Annual report on the Civil Veterinary Department, Burma (including the Insein Veterinary School) - 1910-1922
Year: 1910
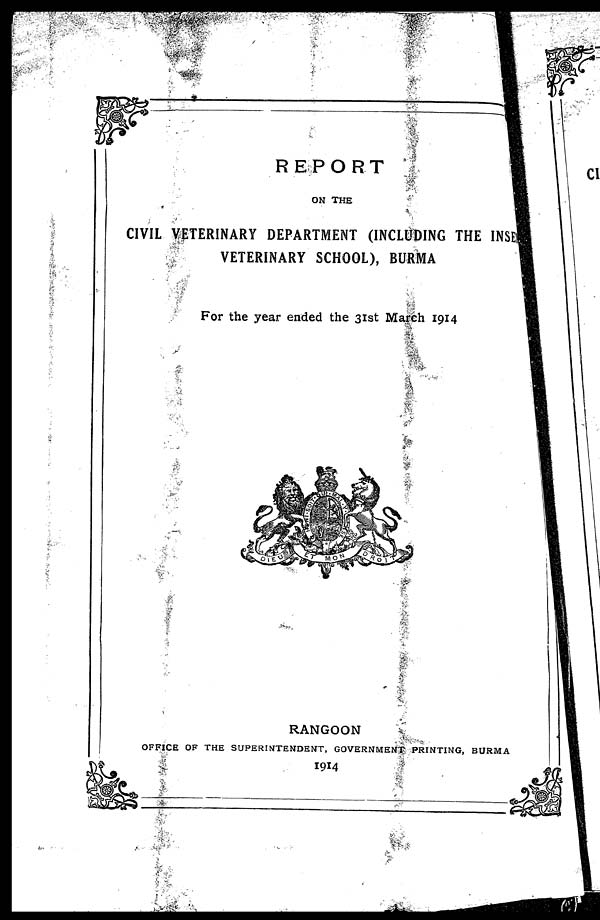
REPORT
ON THE
CIVIL VETERINARY DEPARTMENT (INCLUDING THE INSE
VETERINARY SCHOOL), BURMA
For the year ended the 31st March 1914
RANGOON
OFFICE OF THE SUPERINTENDENT, GOVERNMENT PRINTING, BURMA
1914